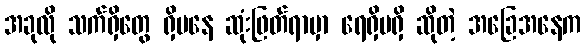
အခုလို သက်ရှိတွေ ရှိမနေ ဆုံးဖြတ်ရာမှာ ရေရှိမရှိ ဆိုတဲ့ အခြေအနေက